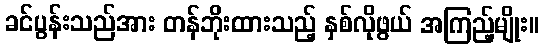
ခင်ပွန်းသည်အား တန်ဘိုးထားသည့် နှစ်လိုဖွယ် အကြည့်မျိုး။